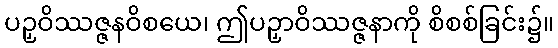
ပဉှဝိဿဇ္ဇနဝိစယေ၊ ဤပဉှာဝိဿဇ္ဇနာကို စိစစ်ခြင်း၌။